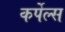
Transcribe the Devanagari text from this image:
कर्पेल्स